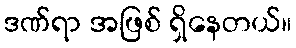
ဒဏ်ရာ အဖြစ် ရှိနေတယ်။